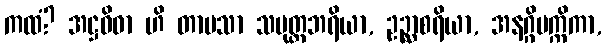
ကထံ? အဋ္ဌဝိဓာ ဟိ တာပသာ သပုတ္တဘရိယာ, ဥဉ္ဆာစရိယာ, အနဂ္ဂိပက္ကိကာ,